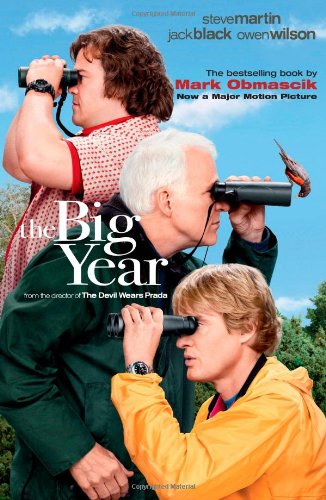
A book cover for The Big Year: A Tale of Man, Nature, and Fowl Obsession; Mark Obmascik; Science & Math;